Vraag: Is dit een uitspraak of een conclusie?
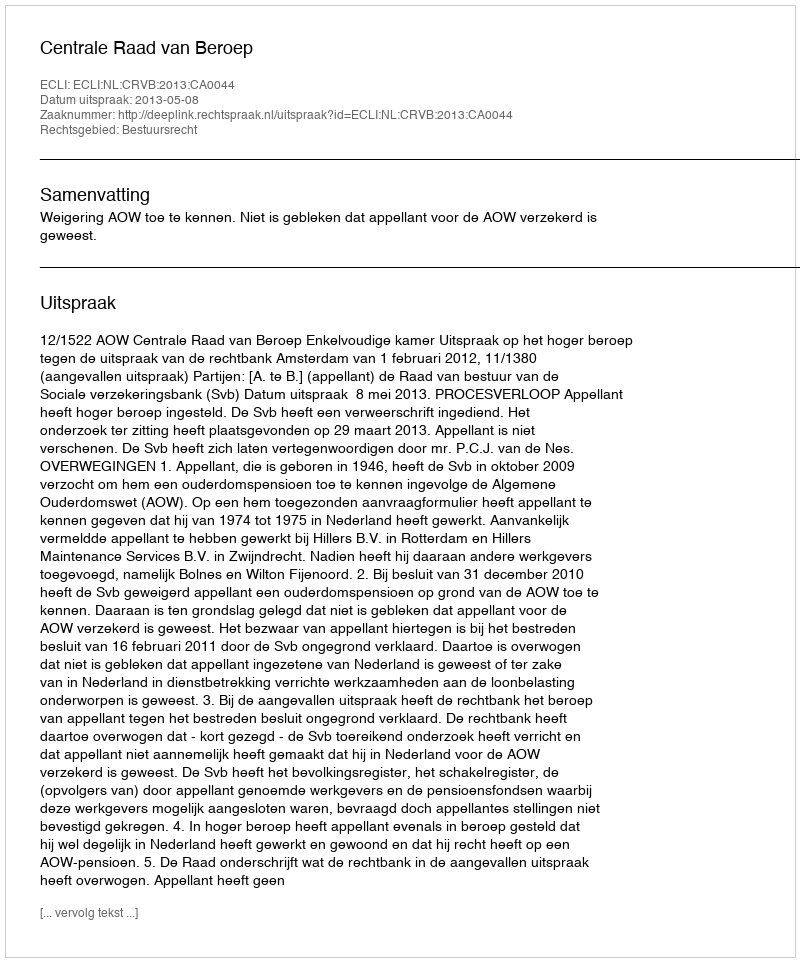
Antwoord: Uitspraak